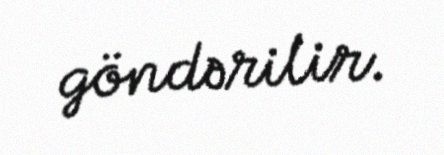
göndərilir.